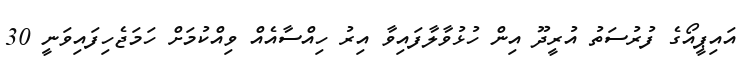
އައިޕީއޯގެ ފުރުސަތު އުރީދޫ އިން ހުޅުވާލާފައިވާ އިރު ހިއްސާއެއް ވިއްކުމަށް ހަމަޖެހިފައިވަނީ 30